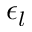
\epsilon _ { l }